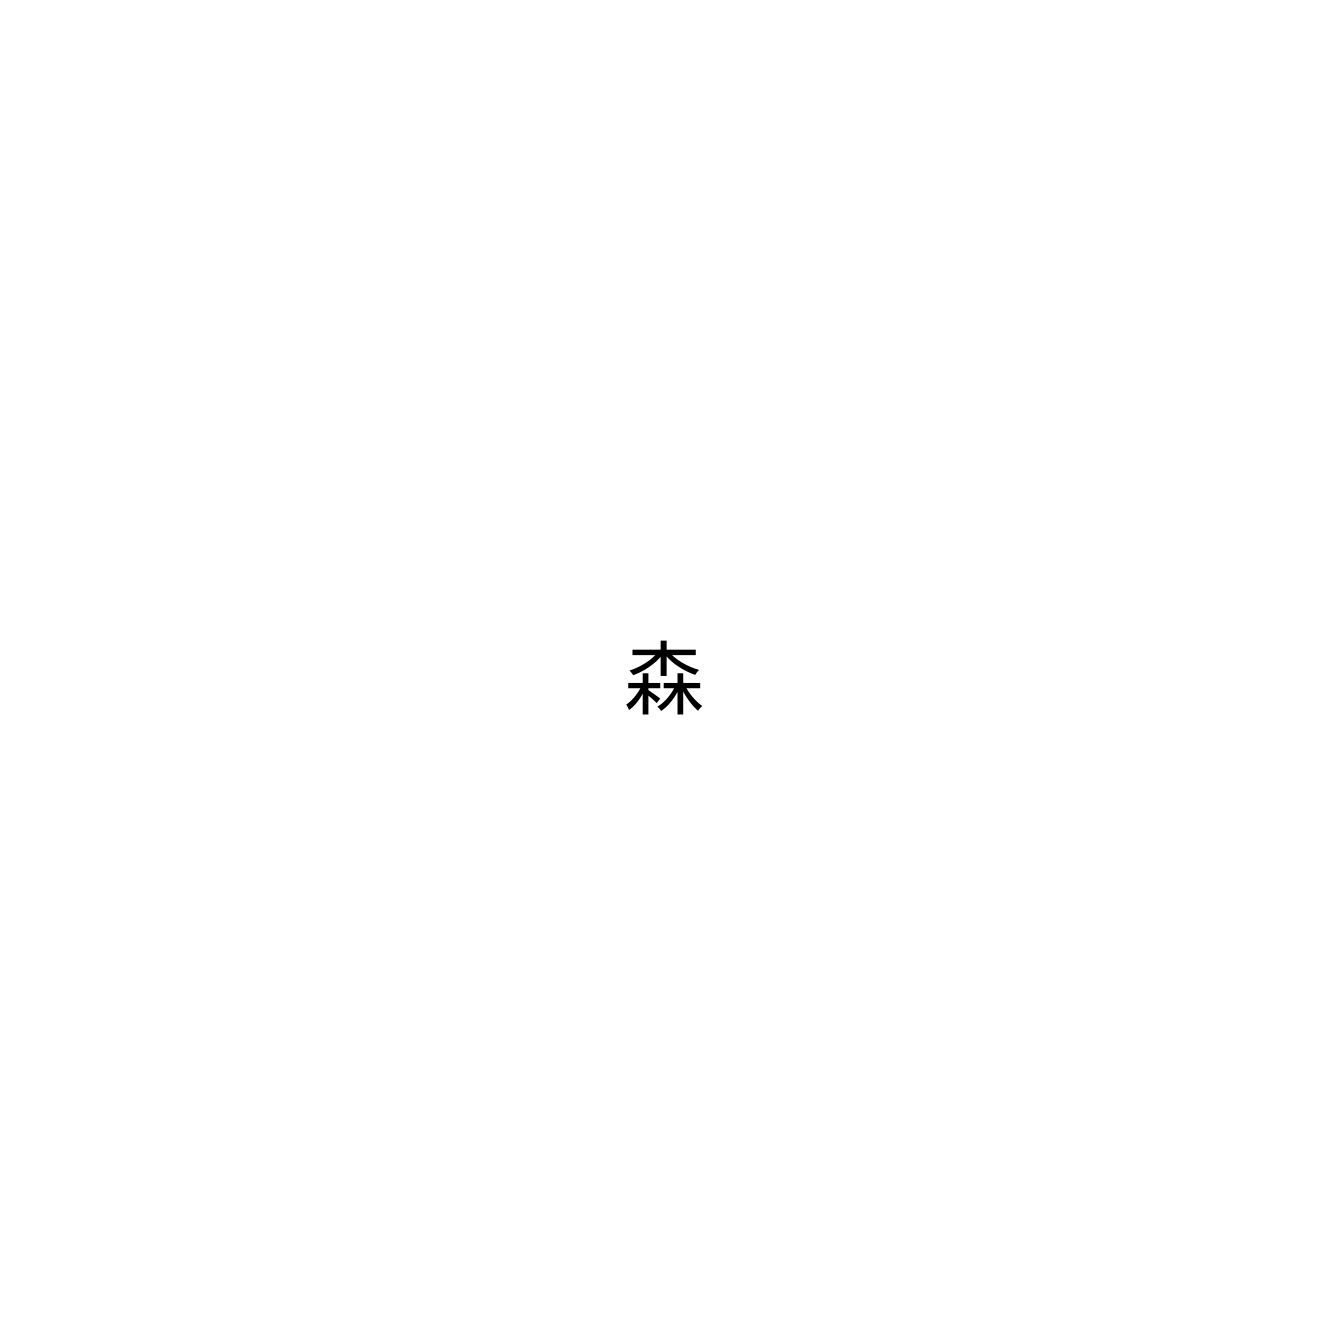
森